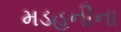
મડહનીના